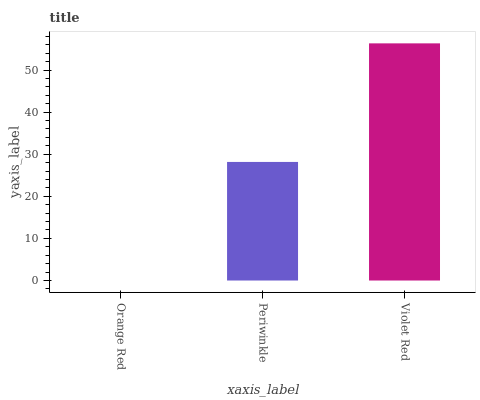
| xaxis_label | bars |
 | --- | --- |
 | Orange Red | 0 |
 | Periwinkle | 28.2 |
 | Violet Red | 56.3 |